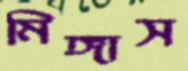
মিঙ্গাস